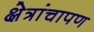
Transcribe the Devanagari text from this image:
क्षेत्रांचापण